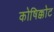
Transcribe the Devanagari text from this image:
कोषिक्कोट